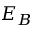
E _ { B }